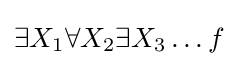
\exists X_{1}\forall X_{2}\exists X_{3}\ldots f